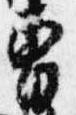
曹